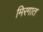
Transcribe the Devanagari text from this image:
मिरगात